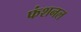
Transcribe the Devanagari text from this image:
फंशनल